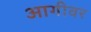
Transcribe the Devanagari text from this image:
आगीवर